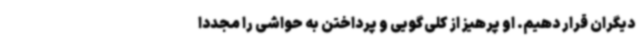
دیگران قرار دهیم. او پرهیز از کلی‌گویی و پرداختن به حواشی را مجددا